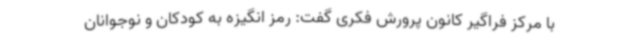
با مرکز فراگیر کانون پرورش فکری گفت: رمز انگیزه به کودکان و نوجوانان